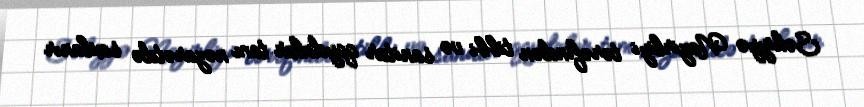
Səhiyyə Nazirliyi tərəfindən tibbi və sanitar qaydalar tam nəzarətdə saxlanır